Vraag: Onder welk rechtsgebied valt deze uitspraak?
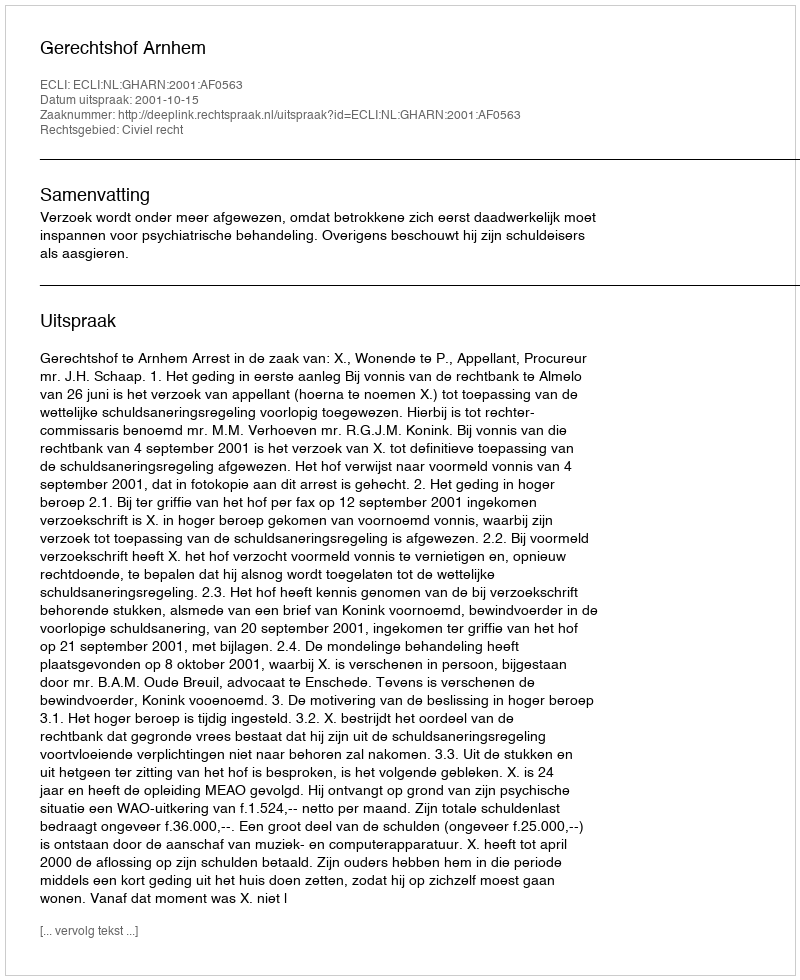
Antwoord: Civiel recht